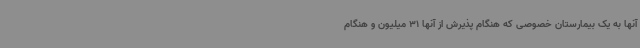
آنها به یک بیمارستان خصوصی که هنگام پذیرش از آنها 31 میلیون و هنگام